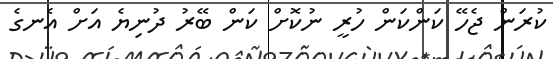
ކުރަން ޖެހޭ ކަންކަން ހުރީ ނުކޮށް ކަން ބޭރު ދުނިޔެ އަށް އެނގެ